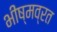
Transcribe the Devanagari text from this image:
भीष्मव्रत